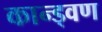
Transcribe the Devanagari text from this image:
कान्ड्वण